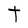
Character: t